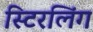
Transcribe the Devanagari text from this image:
स्टिरलिंग